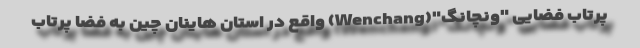
پرتاب فضایی "ونچانگ"(Wenchang) واقع در استان هاینان چین به فضا پرتاب